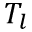
T _ { l }